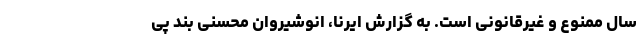
سال ممنوع و غیرقانونی است. به گزارش ایرنا، انوشیروان محسنی بند پی